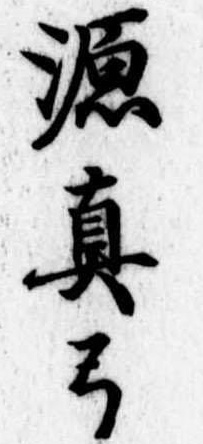
源真弓